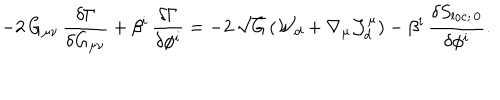
LaTeX: - 2 \, G _ { \mu \nu } \, { \frac { \delta \Gamma } { \delta G _ { \mu \nu } } } + \beta ^ { i } \, { \frac { \delta \Gamma } { \delta \phi ^ { i } } } = - 2 \, \sqrt { G } \, ( { \cal W } _ { d } + \nabla _ { \mu } { \cal J } _ { d } ^ { \mu } ) - \beta ^ { i } \, { \frac { \delta S _ { \mathrm { l o c } ; \, 0 } } { \delta \phi ^ { i } } } .